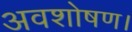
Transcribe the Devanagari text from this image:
अवशोषण।